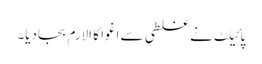
پائیلٹ نے غلطی سے اغوا کا الارم بجادیا۔